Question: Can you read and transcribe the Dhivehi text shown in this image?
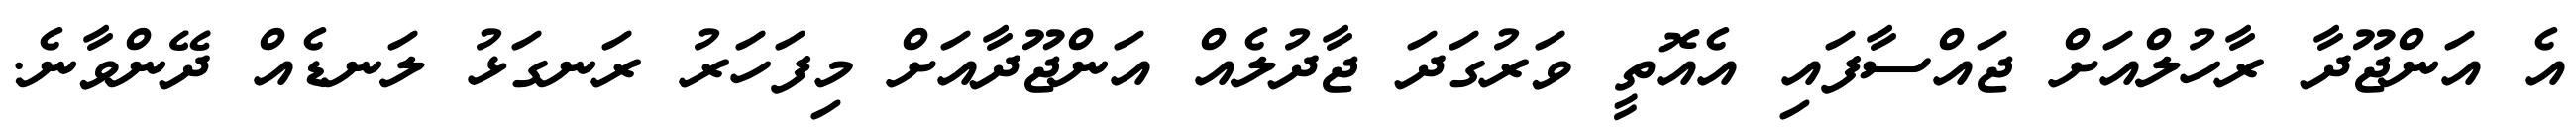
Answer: އެ އަންޖޫދާ ރާހުލްއަށް ޖައްސާފައި އެއޮތީ ވަރުގަދަ ޖާދުލެއް އަންޖޫދާއަށް މިފަހަރު ރަނގަޅު ލަނޑެއް ދޭންވާނެ.